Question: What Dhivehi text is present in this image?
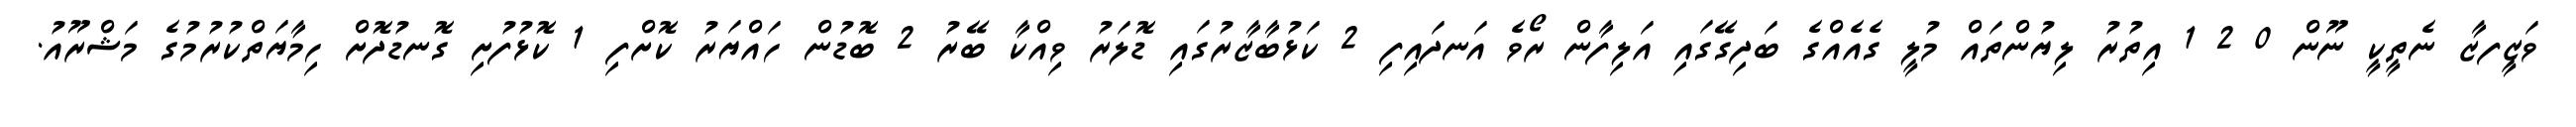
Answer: ވަޒީފޒާ ނެތީކީ ނޫން 0 2 1 އިތުރު ލިޔުންތައް މުލީ ގެއެއްގެ ބަދިގޭގައި އަލިފާން ރޯވެ އަނދައިފި 2 ކަޅުބާޒާރުގައި ޑޮލަރު ވިއްކާ ބޭރު 2 ބޮޑުން ހައްޔަރު ކޮށްފި 1 ކޮޅުފުށި ގޮނޑުދޮށް ހިމާޔަތްކުރުމުގެ މަޝްރޫއު.